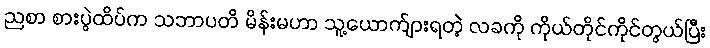
ညစာ စားပွဲထိပ်က သဘာပတိ မိန်းမဟာ သူ့ယောက်ျားရတဲ့ လခကို ကိုယ်တိုင်ကိုင်တွယ်ပြီး